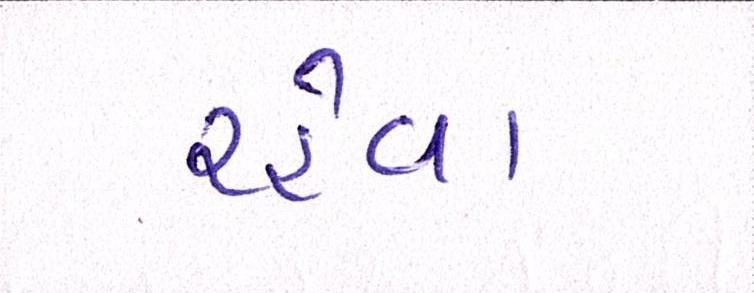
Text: રહેવા